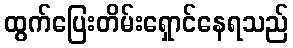
ထွက်ပြေးတိမ်းရှောင်နေရသည်